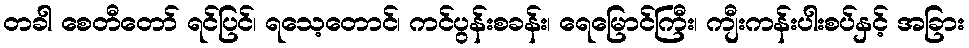
တခါ စေတီတော် ရင်ပြင်၊ ရသေ့တောင်၊ ကင်ပွန်းစခန်း၊ ရေမြောင်ကြီး၊ ကျီးကန်းပါးစပ်နှင့် အခြား